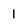
Character: 1